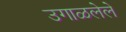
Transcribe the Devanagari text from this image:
उगाळलेले